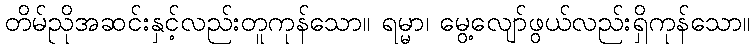
တိမ်ညိုအဆင်းနှင့်လည်းတူကုန်သော။ ရမ္မာ၊ မွေ့လျော်ဖွယ်လည်းရှိကုန်သော။